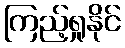
ကြည့်ရှုနိုင်